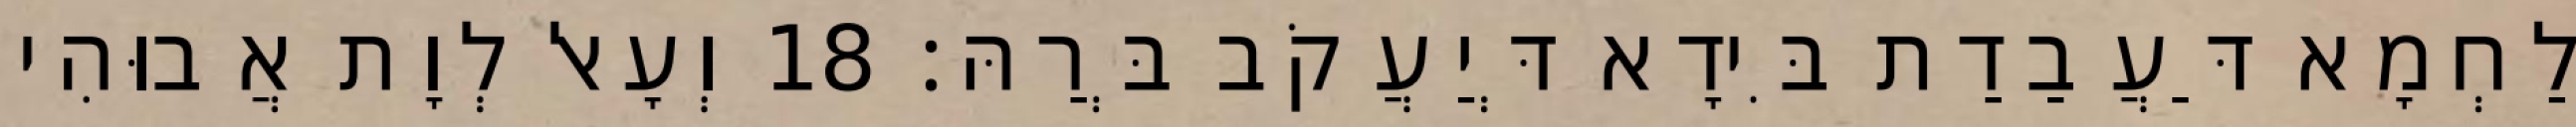
לַחְמָא דַּעֲבַדַת בִּידָא דְּיַעֲקֹב בְּרַהּ׃ 18 וְעָאל לְוָת אֲבוּהִי